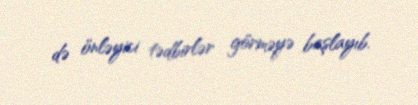
də önləyici tədbirlər görməyə başlayıb.